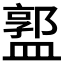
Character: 𥂣